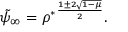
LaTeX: \tilde { \psi } _ { \infty } = { \rho ^ { * } } ^ { \frac { 1 \pm 2 \sqrt { 1 - \mu } } { 2 } } .